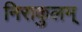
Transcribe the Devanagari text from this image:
निराकुलम्